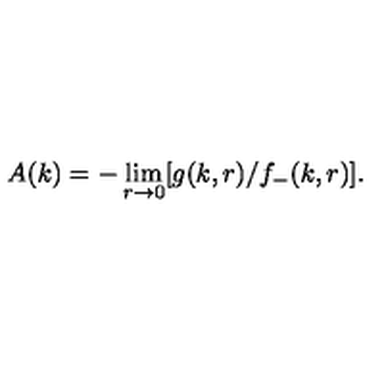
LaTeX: A ( k ) = - \lim _ { r \to 0 } [ g ( k , r ) / f _ { - } ( k , r ) ] .